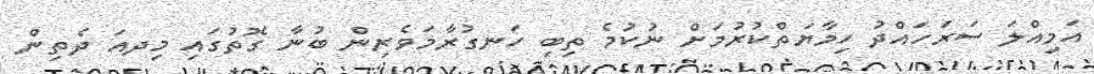
އަމިއްލަ ސަރަހައްދު ހިމާޔަތްކުރުމަށް ނުކުމެ ތިބި ހަނގުރާމަވެރިން ބުނާ ގޮތުގައި މިދއަ ދެތިން